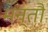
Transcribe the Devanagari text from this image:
मन्तौ